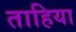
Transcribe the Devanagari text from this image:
ताहिया